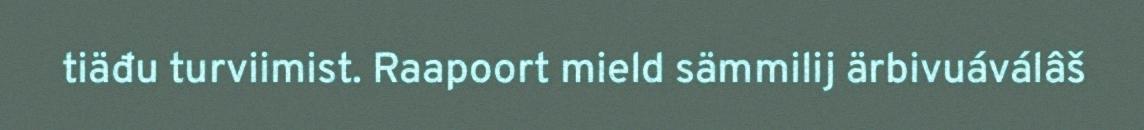
tiäđu turviimist. Raapoort mield sämmilij ärbivuáválâš